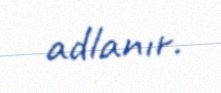
adlanır.